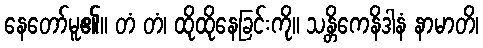
နေတော်မူ၏။ တံ တံ၊ ထိုထိုနေခြင်းကို။ သန္တိကေနိဒါနံ နာမာတိ၊